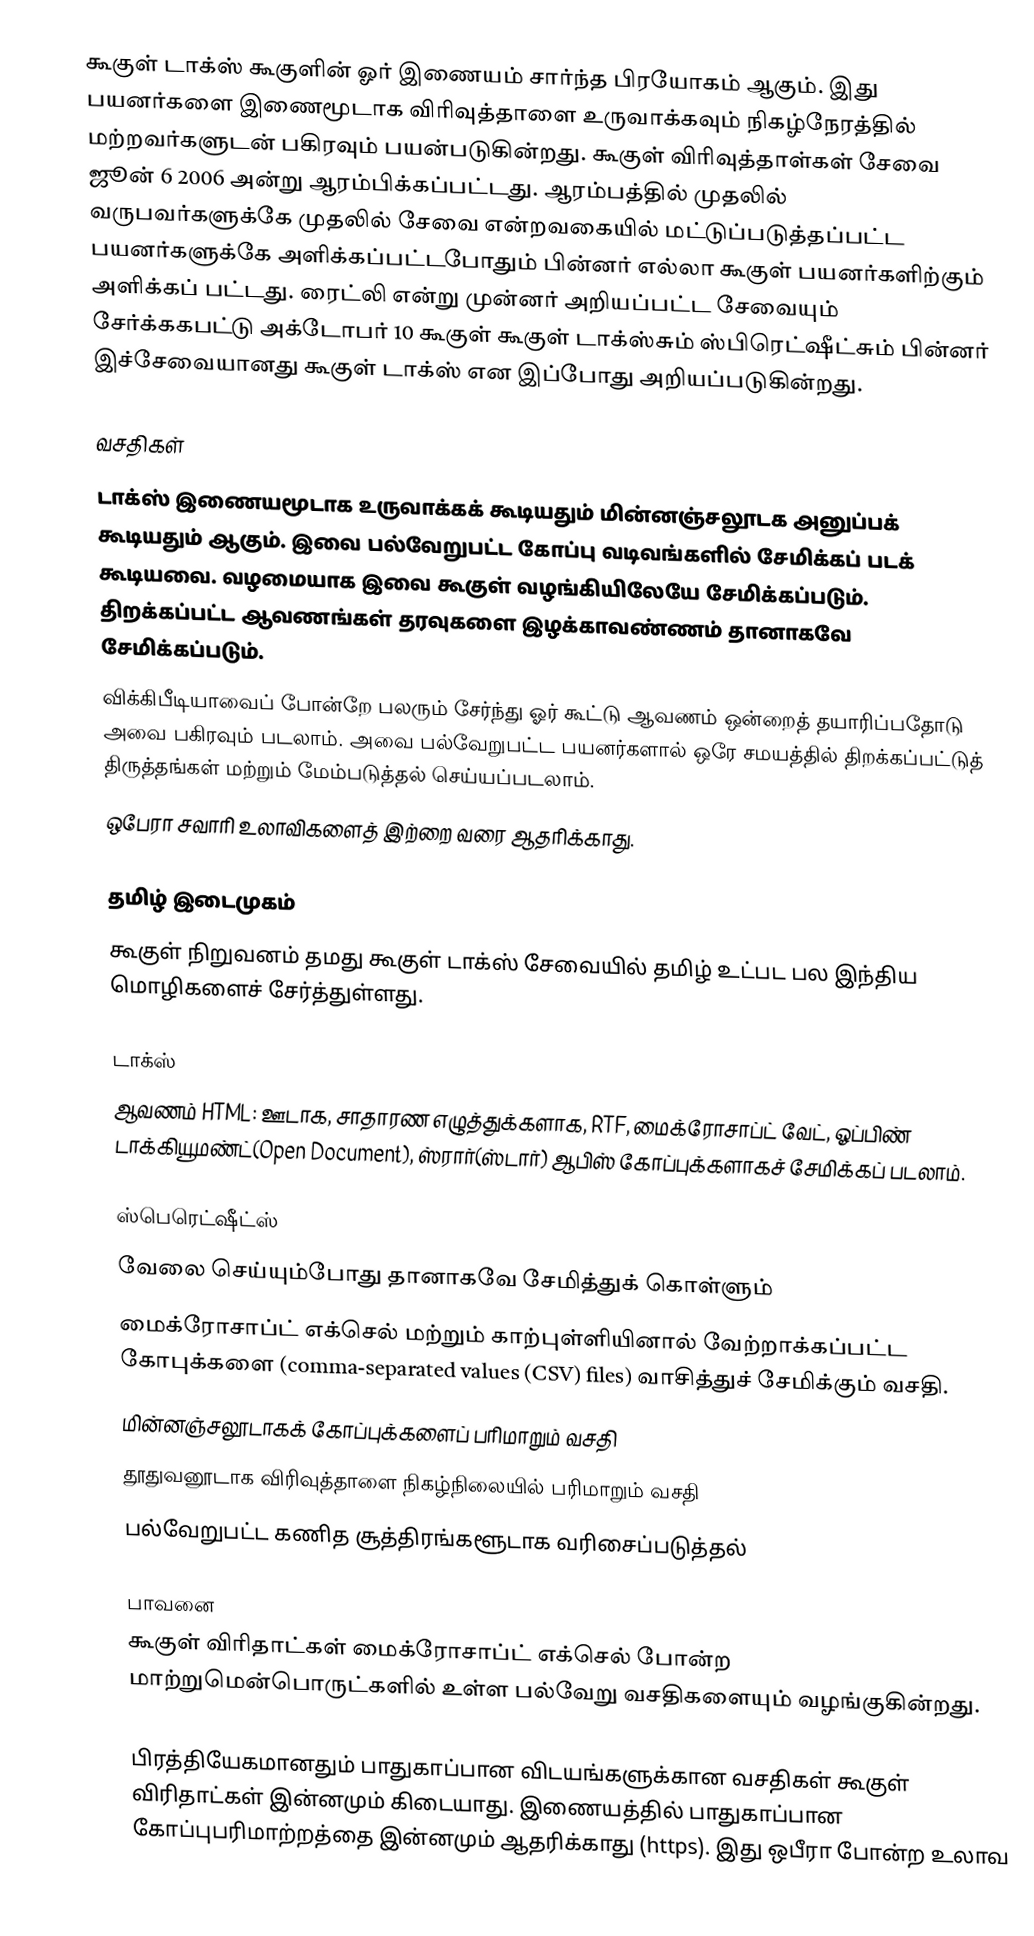
கூகுள் டாக்ஸ் கூகுளின் ஓர் இணையம் சார்ந்த பிரயோகம் ஆகும். இது பயனர்களை இணைமூடாக விரிவுத்தாளை உருவாக்கவும் நிகழ்நேரத்தில் மற்றவர்களுடன் பகிரவும் பயன்படுகின்றது. கூகுள் விரிவுத்தாள்கள் சேவை ஜூன் 6 2006 அன்று ஆரம்பிக்கப்பட்டது. ஆரம்பத்தில் முதலில் வருபவர்களுக்கே முதலில் சேவை என்றவகையில் மட்டுப்படுத்தப்பட்ட பயனர்களுக்கே அளிக்கப்பட்டபோதும் பின்னர் எல்லா கூகுள் பயனர்களிற்கும் அளிக்கப் பட்டது. ரைட்லி என்று முன்னர் அறியப்பட்ட சேவையும் சேர்க்ககபட்டு அக்டோபர் 10 கூகுள் கூகுள் டாக்ஸ்சும் ஸ்பிரெட்ஷீட்சும் பின்னர் இச்சேவையானது கூகுள் டாக்ஸ் என இப்போது அறியப்படுகின்றது.

வசதிகள்
டாக்ஸ் இணையமூடாக உருவாக்கக் கூடியதும் மின்னஞ்சலூடக அனுப்பக் கூடியதும் ஆகும். இவை பல்வேறுபட்ட கோப்பு வடிவங்களில் சேமிக்கப் படக் கூடியவை. வழமையாக இவை கூகுள் வழங்கியிலேயே சேமிக்கப்படும். திறக்கப்பட்ட ஆவணங்கள் தரவுகளை இழக்காவண்ணம் தானாகவே சேமிக்கப்படும்.
விக்கிபீடியாவைப் போன்றே பலரும் சேர்ந்து ஓர் கூட்டு ஆவணம் ஒன்றைத் தயாரிப்பதோடு அவை பகிரவும் படலாம். அவை பல்வேறுபட்ட பயனர்களால் ஒரே சமயத்தில் திறக்கப்பட்டுத் திருத்தங்கள் மற்றும் மேம்படுத்தல் செய்யப்படலாம்.
ஒபேரா சவாரி உலாவிகளைத் இற்றை வரை ஆதரிக்காது.

தமிழ் இடைமுகம்
கூகுள் நிறுவனம் தமது கூகுள் டாக்ஸ் சேவையில் தமிழ் உட்பட பல இந்திய மொழிகளைச் சேர்த்துள்ளது.

டாக்ஸ்
ஆவணம் HTML: ஊடாக, சாதாரண எழுத்துக்களாக, RTF, மைக்ரோசாப்ட் வேட், ஓப்பிண் டாக்கியூமண்ட்(Open Document), ஸ்ரார்(ஸ்டார்) ஆபிஸ் கோப்புக்களாகச் சேமிக்கப் படலாம்.

ஸ்பெரெட்ஷீட்ஸ்
 வேலை செய்யும்போது தானாகவே சேமித்துக் கொள்ளும்
 மைக்ரோசாப்ட் எக்செல் மற்றும் காற்புள்ளியினால் வேற்றாக்கப்பட்ட கோபுக்களை (comma-separated values (CSV) files) வாசித்துச் சேமிக்கும் வசதி.
 மின்னஞ்சலூடாகக் கோப்புக்களைப் பரிமாறும் வசதி
 தூதுவனூடாக விரிவுத்தாளை நிகழ்நிலையில் பரிமாறும் வசதி
 பல்வேறுபட்ட கணித சூத்திரங்களூடாக வரிசைப்படுத்தல்

பாவனை
கூகுள் விரிதாட்கள் மைக்ரோசாப்ட் எக்செல் போன்ற மாற்றுமென்பொருட்களில் உள்ள பல்வேறு வசதிகளையும் வழங்குகின்றது.

பிரத்தியேகமானதும் பாதுகாப்பான விடயங்களுக்கான வசதிகள் கூகுள் விரிதாட்கள் இன்னமும் கிடையாது. இணையத்தில் பாதுகாப்பான கோப்புபரிமாற்றத்தை இன்னமும் ஆதரிக்காது (https). இது ஒபீரா போன்ற உலாவ